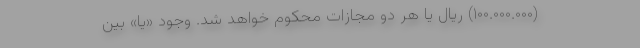
(۱۰۰.۰۰۰.۰۰۰) ریال یا هر دو مجازات محکوم خواهد شد. وجود «یا» بین